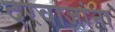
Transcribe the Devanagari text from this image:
दरवाजांना